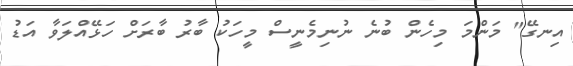
އިނގޭ" މަންމަ މިހެން ބުނެ ނުނިމެނީސް މީހަކު ބާރު ބާރަށް ހަޅޭއްލަވާ އަޑު